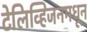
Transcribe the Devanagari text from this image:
टेलिव्हिजनमधून